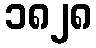
၁၈၂၈